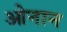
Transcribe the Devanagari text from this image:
ओनान